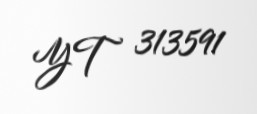
YT 313591